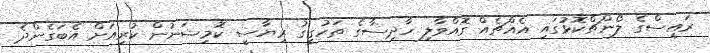
ރައީސްގެ ލޯންޗްކޮޅުގައި އެއްޗެއް ގޮއްވާލި ހާދިސާގެ ތަހުގީގު ރިޔާސީ ކޮމިޝަނުން ކުރިއަށް އެބަގެންދެ